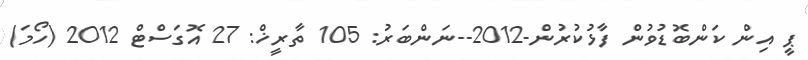
ޕީ އިން ކަންބޮޑުވުން ފާޅުކުރުން-2012--ނަންބަރު: 105 ތާރީޚް: 27 އޮގަސްޓް 2012 (ހޯމަ)